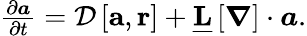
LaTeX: \begin{array}{r}{\frac{\partial\boldsymbol{a}}{\partial t}=\mathcal{D}\left[\mathbf{a},\mathbf{r}\right]+\underline{{\mathbf{L}}}\left[\boldsymbol{\nabla}\right]\cdot\boldsymbol{a}.}\end{array}